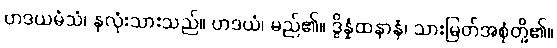
ဟဒယမံသံ၊ နှလုံးသားသည်။ ဟဒယံ၊ မည်၏။ ဒွိန္နံထနာနံ၊ သားမြတ်အစုံတို့၏။